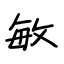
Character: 敏